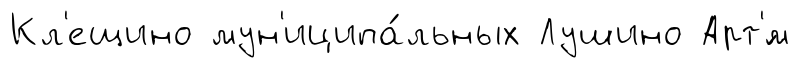
Кл'ещино мун'иципа́льных Лушино Арт'́м